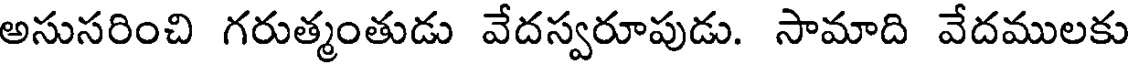
అసుసరించి గరుత్మంతుడు వేదస్వరూపుడు. సామాది వేదములకు